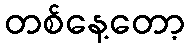
တစ်နေ့တော့